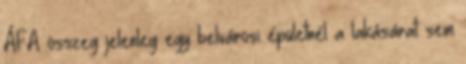
ÁFA összeg jelenleg egy belvárosi épületnél a lakásárat sem